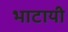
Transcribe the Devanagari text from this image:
भाटायी